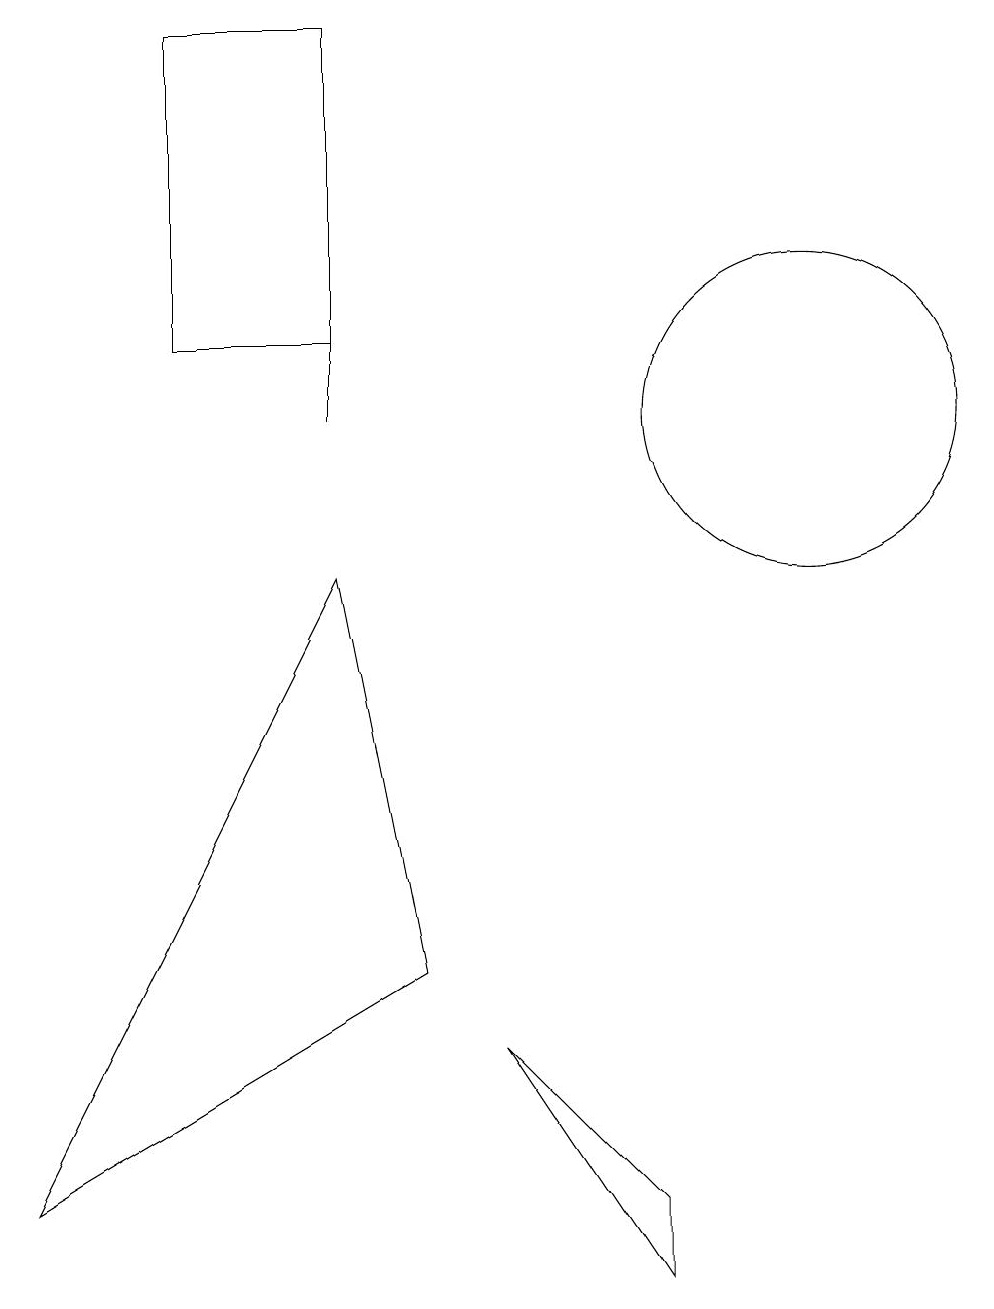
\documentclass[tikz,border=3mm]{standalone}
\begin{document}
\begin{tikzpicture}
\draw (1,1) -- (6,4) -- (5,9) -- cycle;
\draw (11,11) circle (2);
\draw (5,11) rectangle (5,12);
\draw (9,1) -- (9,0) -- (7,3) -- cycle;
\draw (5,12) rectangle (3,16);
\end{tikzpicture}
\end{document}